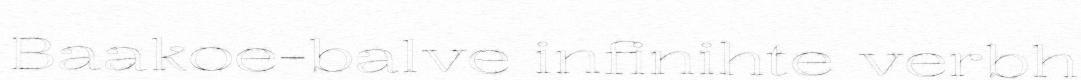
Baakoe-balve infinihte verbh